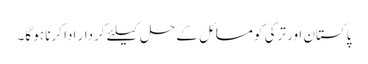
پاکستان اور ترکی کو مسائل کے حل کیلئے کردار ادا کرنا ہو گا۔